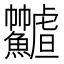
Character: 𩽟